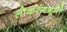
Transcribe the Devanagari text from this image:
लोकरंगभूमी